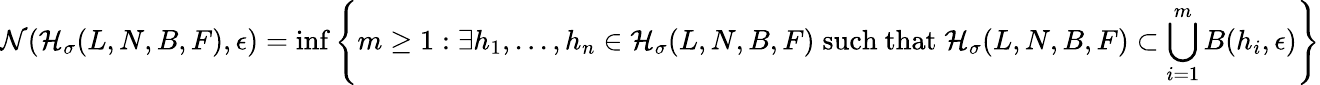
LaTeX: \mathcal{N}(\mathcal{H_{\sigma}}(L,N,B,F),\epsilon)=\operatorname*{inf}\left\{ m\ge 1:\exists h_{1},...,h_{n}\in\mathcal{H_{\sigma}}(L,N,B,F)\; \mathrm{such~that}\; \mathcal{H_{\sigma}}(L,N,B,F)\subset\bigcup_{i=1}^{m}B(h_{i},\epsilon)\right\}